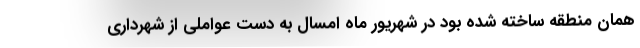
همان منطقه ساخته شده بود در شهریور ماه امسال به دست عواملی از شهرداری